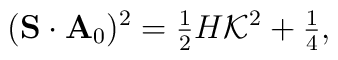
({\bf S}\cdot{\bf A}_{0})^{2}=\mbox{$\frac{1}{2}$}H{\cal K}^{2}+\mbox{$\frac{1}{4}$},